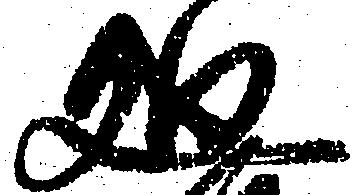
廻